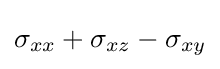
\sigma _{xx}+\sigma _{xz}-\sigma _{xy}